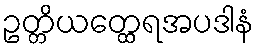
ဥတ္တိယတ္ထေရအပဒါနံ